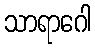
သာရာဂေါ